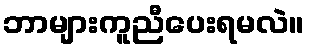
ဘာများကူညီပေးရမလဲ။